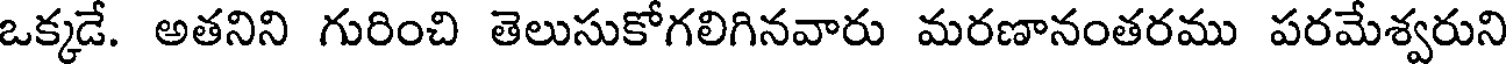
ఒక్కడే. అతనిని గురించి తెలుసుకోగలిగినవారు మరణానంతరము పరమేశ్వరుని